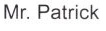
Mr. Patrick